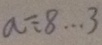
a \div 8 \cdots 3